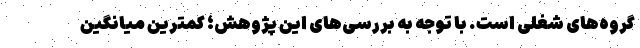
گروه‌های شغلی است. با توجه به بررسی‌های این پژوهش؛ کمترین میانگین